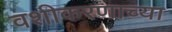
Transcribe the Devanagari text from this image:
वशीकरणाच्या